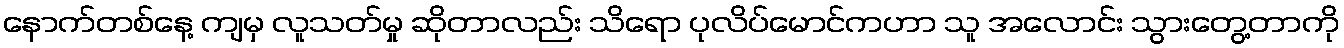
နောက်တစ်နေ့ ကျမှ လူသတ်မှု ဆိုတာလည်း သိရော ပုလိပ်မောင်ကဟာ သူ အလောင်း သွားတွေ့တာကို